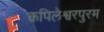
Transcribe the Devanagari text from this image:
कपिलेश्वरपुरम